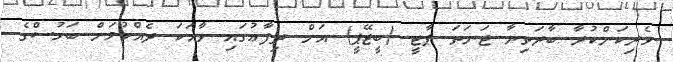
ވެރިކަންކުރާ ބާރަތިޔާ ޖަނަތަ ޕާޓީ (ބީޖޭޕީ) އަށް ދިފާޢުގައި ވާހަކަ ދެއްކުމަށް ބަހުސްގެ